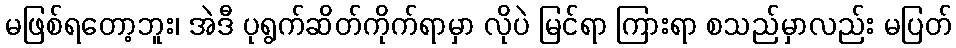
မဖြစ်ရတော့ဘူး၊ အဲဒီ ပုရွက်ဆိတ်ကိုက်ရာမှာ လိုပဲ မြင်ရာ ကြားရာ စသည်မှာလည်း မပြတ်